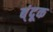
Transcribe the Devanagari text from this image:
ब्ंदूक